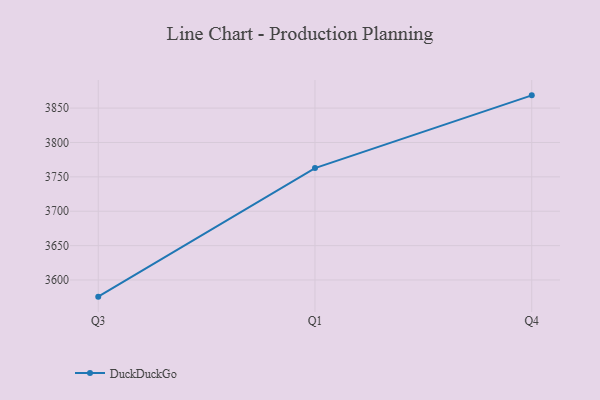
{"axis": {"x": "Quarter", "y": "Production Output"}, "legend": ["DuckDuckGo"], "data": [{"x": "Q3", "y": 3575.8, "type": "DuckDuckGo"}, {"x": "Q1", "y": 3762.8, "type": "DuckDuckGo"}, {"x": "Q4", "y": 3868.5, "type": "DuckDuckGo"}]}